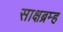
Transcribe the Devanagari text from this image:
साक्षब्रम्ह